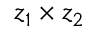
z _ { 1 } \times z _ { 2 }